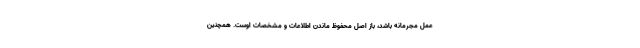
عمل مجرمانه باشد، باز اصل محفوظ ماندن اطلاعات و مشخصات اوست. همچنین